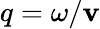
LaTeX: q=\omega/\mathbf{v}